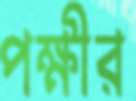
পক্ষীর